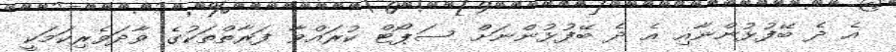
އެ ދެ ބޭފުޅުންނާއި އެ ދެ ބޭފުޅުންނަށް ސަޕޯޓް ކުރައްވާ ފަރާތްތަކުގެ ވާދަވެރިކަމަކީ